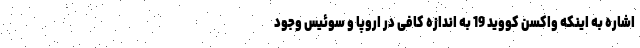
اشاره به اینکه واکسن کووید 19 به اندازه کافی در اروپا و سوئیس وجود